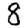
Digit: 8